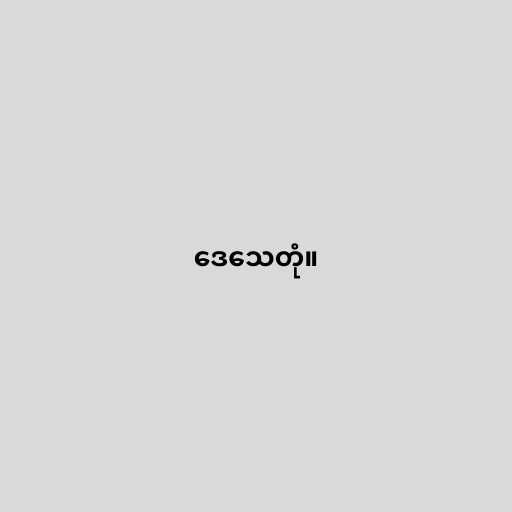
ဒေသေတုံ။